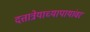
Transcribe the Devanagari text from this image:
दत्तात्रेयाच्यापायांवर